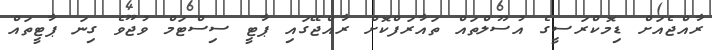
ރާއްޖެއަށް ޑިމޮކްރަސީގެ އުސޫލްތައް ތައާރަފްކޮށް ރާއްޖޭގައި ޕާޓީ ސިސްޓަމް ވުޖޫވެ ގިނަ ޕާޓީތައް